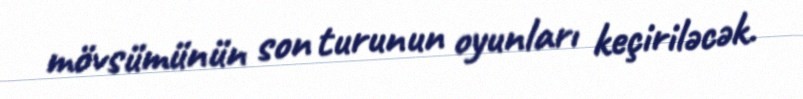
mövsümünün son turunun oyunları keçiriləcək.